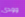
وودى